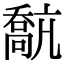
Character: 𡁗